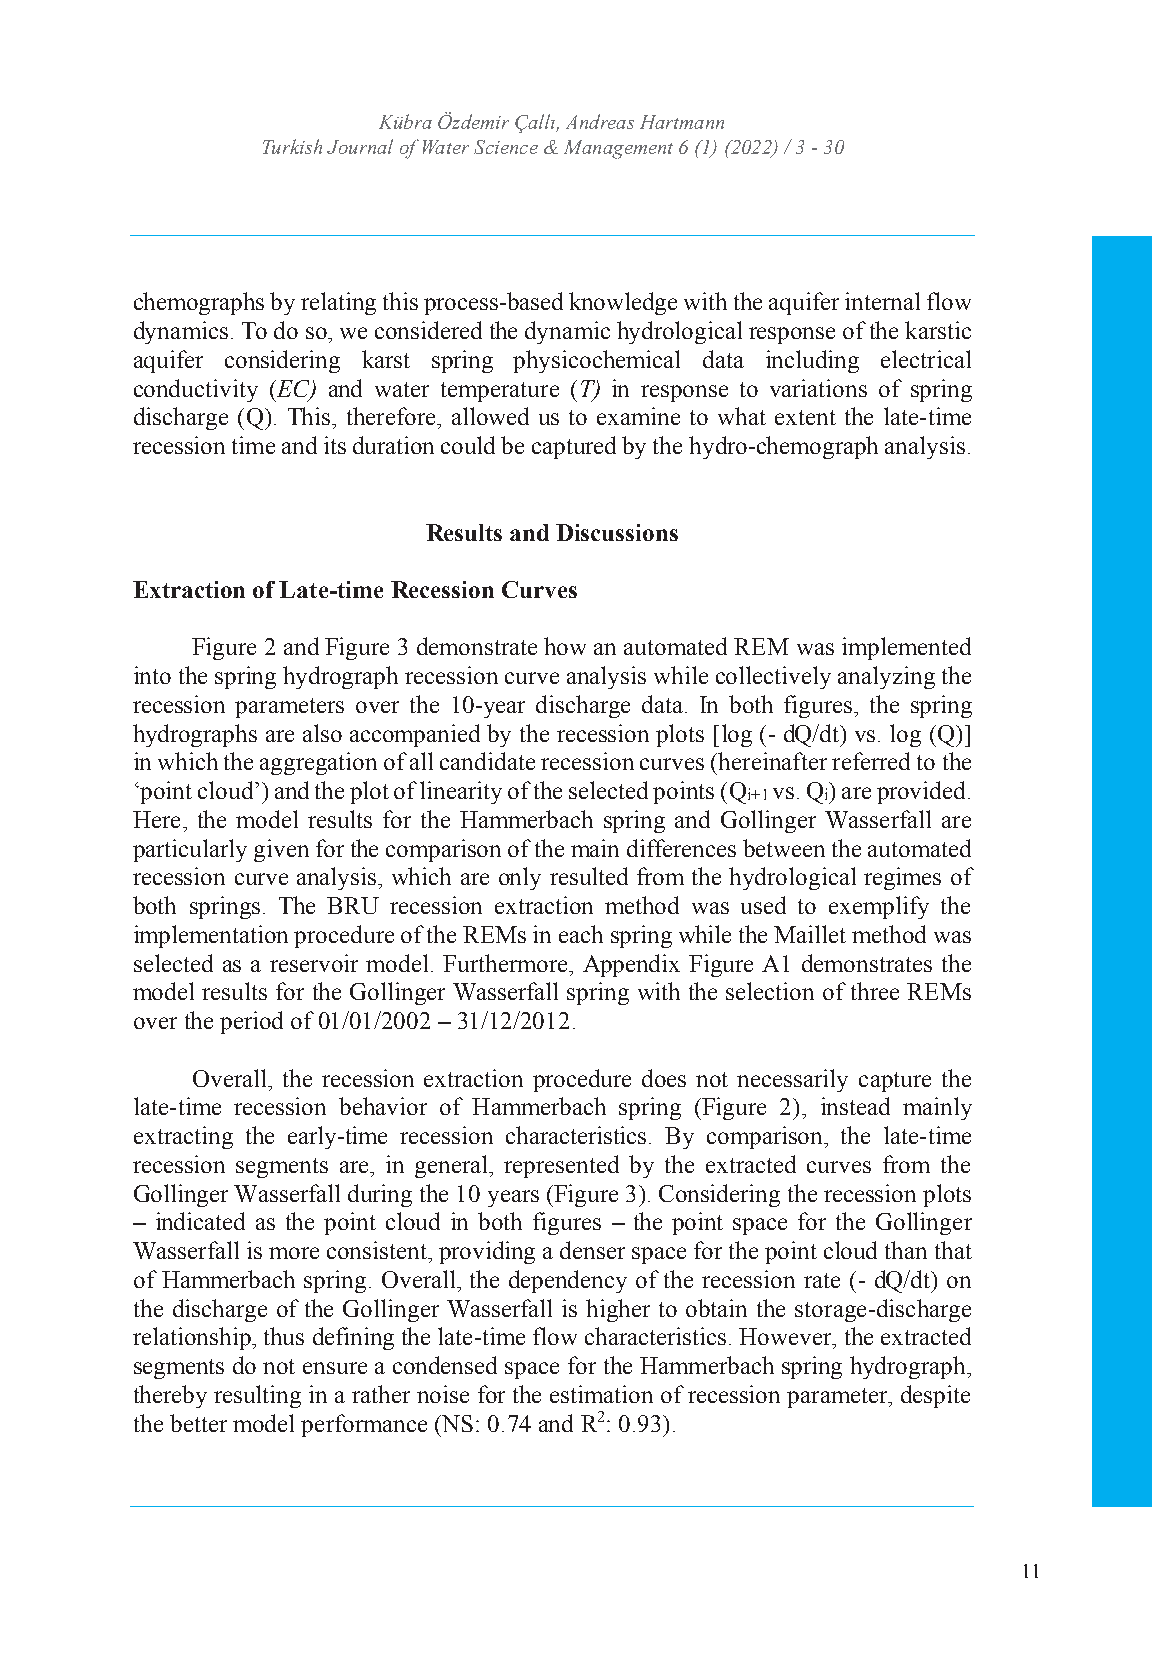
TURKISH JOURNAL OF WATER SCIENCE AND MANAGEMENT
 TurkKisühb rJao uÖrnzdale mofi rW Çaatellrı ,S Acniednrceea s& H Maratnmaagnenment
 Turkish Journal of WISaSNte:r 2 S53c6i e4n7c4Xe &/ e -MISSaNn:a 2g5e6m4-e7n33t 46 (1) (2022) / 3 - 30
 Volume: 6 Issue: 1 Year: 2022
 chemographs by relating this process-based knowledge with the aquifer internal flow
 dynamics. To do so, we considered the dynamic hydrological response of the karstic
 aquifer considering karst spring physicochemical data including electrical
 conductivity (EC) and water temperature (T) in response to variations of spring
 discharge (Q). This, therefore, allowed us to examine to what extent the late-time
 recession time and its duration could be captured by the hydro-chemograph analysis.
 Results and Discussions
 Extraction of Late-time Recession Curves
 Figure 2 and Figure 3 demonstrate how an automated REM was implemented
 into the spring hydrograph recession curve analysis while collectively analyzing the
 recession parameters over the 10-year discharge data. In both figures, the spring
 hydrographs are also accompanied by the recession plots [log (- dQ/dt) vs. log (Q)]
 in which the aggregation of all candidate recession curves (hereinafter referred to the
 ‘point cloud’) and the plot of linearity of the selected points (Q vs. Q) are provided.
 i+1   i
 Here, the model results for the Hammerbach spring and Gollinger Wasserfall are
 particularly given for the comparison of the main differences between the automated
 recession curve analysis, which are only resulted from the hydrological regimes of
 both springs. The BRU recession extraction method was used to exemplify the
 implementation procedure of the REMs in each spring while the Maillet method was
 selected as a reservoir model. Furthermore, Appendix Figure A1 demonstrates the
 model results for the Gollinger Wasserfall spring with the selection of three REMs
 over the period of 01/01/2002 – 31/12/2012.
 Overall, the recession extraction procedure does not necessarily capture the
 late-time recession behavior of Hammerbach spring (Figure 2), instead mainly
 extracting the early-time recession characteristics. By comparison, the late-time
 recession segments are, in general, represented by the extracted curves from the
 Gollinger Wasserfall during the 10 years (Figure 3). Considering the recession plots
 – indicated as the point cloud in both figures – the point space for the Gollinger
 Wasserfall is more consistent, providing a denser space for the point cloud than that
 of Hammerbach spring. Overall, the dependency of the recession rate (- dQ/dt) on
 the discharge of the Gollinger Wasserfall is higher to obtain the storage-discharge
 relationship, thus defining the late-time flow characteristics. However, the extracted
 segments do not ensure a condensed space for the Hammerbach spring hydrograph,
 thereby resulting in a rather noise for the estimation of recession parameter, despite
 the better model performance (NS: 0.74 and R2: 0.93).
 11